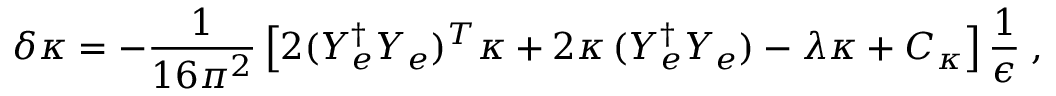
\delta \kappa = - \frac { 1 } { 1 6 \pi ^ { 2 } } \left[ 2 ( Y _ { e } ^ { \dagger } Y _ { e } ) ^ { T } \kappa + 2 \kappa \, ( Y _ { e } ^ { \dagger } Y _ { e } ) - \lambda \kappa + C _ { \kappa } \right] \frac { 1 } { \epsilon } \; ,